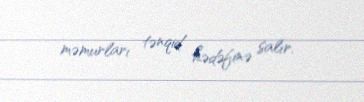
məmurları tənqid hədəfinə salır.